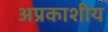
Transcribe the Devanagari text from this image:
अप्रकाशीय